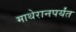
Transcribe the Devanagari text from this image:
माथेरानपर्यंत